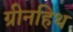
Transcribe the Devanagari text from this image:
ग्रीनहिथ